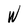
Character: W